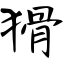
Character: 猾